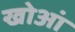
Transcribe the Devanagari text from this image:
खोआं